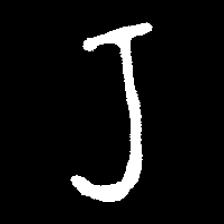
Pyu character \u2014 Myanmar letter: ရ (romanized: ra)